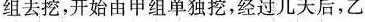
组去挖，开始由甲组单独挖，经过几天后，乙